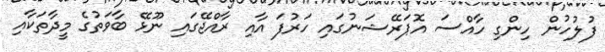
ފުލުހުން ހިންގި ހާއްސަ އޮޕަރޭޝަނުގައި ހަރުފަ އާއި ރާއްޖޭގައި ނޫޅޭ ބާވަތުގެ މީދާތަކާއި